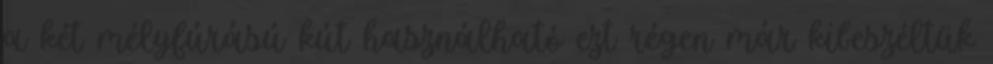
a két mélyfúrású kút használható ezt régen már kibeszéltük